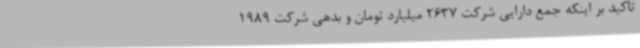
تاکید بر اینکه جمع دارایی شرکت 2637 میلیارد تومان و بدهی شرکت 1989